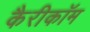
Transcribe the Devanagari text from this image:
कैरीकॉम